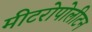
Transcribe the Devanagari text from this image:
मीटरोपोलीटन